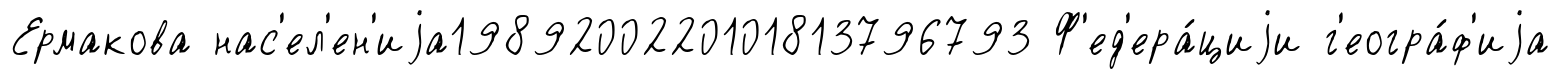
Ермакова нас'ел'ен'иjа1989200220101813796793 Ф'ед'ера́циjи г'еогра́ф'иjа